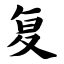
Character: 复